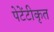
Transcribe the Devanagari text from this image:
पेटेंटीकृत